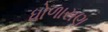
ધોળાસણ